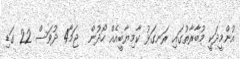
އުންމީދަކީ މުބާރާތުގައި ރަނގަޅު ކާމިޔާބީއެއް ހޯދުން  ޖަމާ4 ދުވަސް 22 ގަޑި